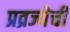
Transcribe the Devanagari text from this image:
प्रव्रज्येची